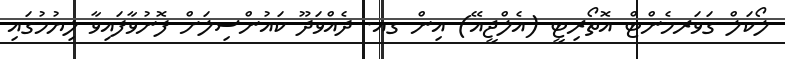
ލޯކަލް ގަވަރމެންޓް އޮތޯރިޓީ (އެލްޖީއޭ) އިން ގއ. ދެއްވަދޫ ކައުންސިލަށް ފޮނުވާފައިވާ ލިޔުމުގައި